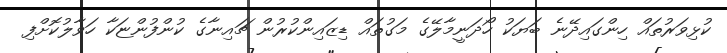
ކުޅިވަރުތައް ހިންގައިދޭނެ ބަޔަކު ހޯދަނީމާލޭގެ މަގުތައް ޑިޒައިންކުރުން ޗައިނާގެ ކުންފުންޏަކާ ހަވާލުކޮށްފި